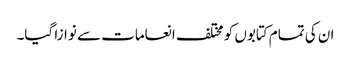
ان کی تمام کتابوں کو مختلف انعامات سے نوازا گیا۔